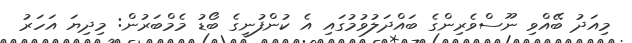
މިއަދު ބޭއްވި ނޫސްވެރިންގެ ބައްދަލުވުމުގައި އެ ކުންފުނީގެ ބޯޑު މެމްބަރުން: މިދިޔަ އަހަރު